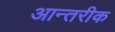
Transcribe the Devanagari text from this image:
आन्तरीक